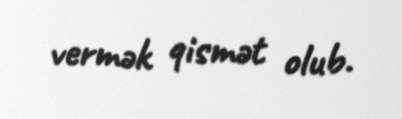
vermək qismət olub.